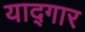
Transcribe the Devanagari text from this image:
याद्गार